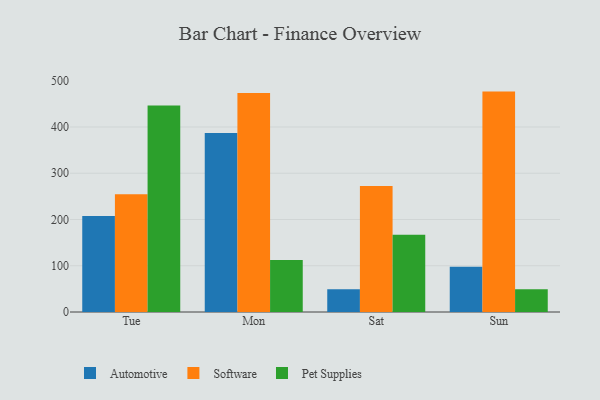
{"axis": {"x": "Day", "y": "LTV (USD)"}, "legend": ["Automotive", "Pet Supplies", "Software"], "data": [{"x": "Tue", "y": 207.7, "type": "Automotive"}, {"x": "Tue", "y": 254.4, "type": "Software"}, {"x": "Tue", "y": 446.2, "type": "Pet Supplies"}, {"x": "Mon", "y": 387.1, "type": "Automotive"}, {"x": "Mon", "y": 473.5, "type": "Software"}, {"x": "Mon", "y": 112.6, "type": "Pet Supplies"}, {"x": "Sat", "y": 49.4, "type": "Automotive"}, {"x": "Sat", "y": 272.5, "type": "Software"}, {"x": "Sat", "y": 167.2, "type": "Pet Supplies"}, {"x": "Sun", "y": 97.8, "type": "Automotive"}, {"x": "Sun", "y": 476.5, "type": "Software"}, {"x": "Sun", "y": 49.2, "type": "Pet Supplies"}]}